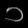
Digit: ၁